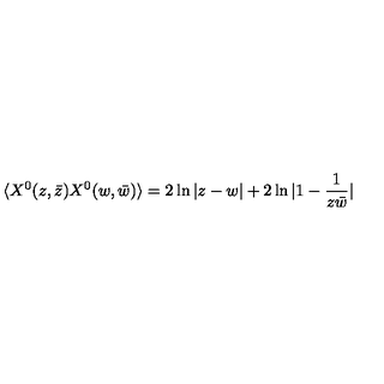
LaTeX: \langle X ^ { 0 } ( z , \bar { z } ) X ^ { 0 } ( w , \bar { w } ) \rangle = 2 \ln | z - w | + 2 \ln | 1 - { \frac { 1 } { z \bar { w } } } |